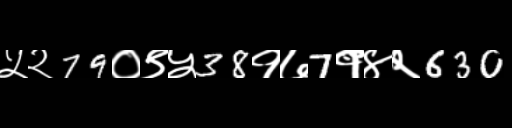
Text: ५२79०९५38१७7१४२630